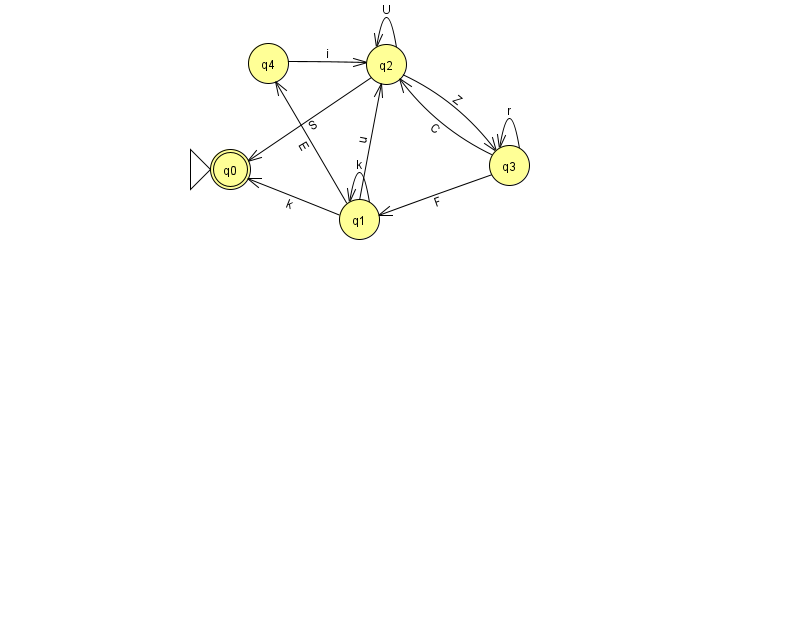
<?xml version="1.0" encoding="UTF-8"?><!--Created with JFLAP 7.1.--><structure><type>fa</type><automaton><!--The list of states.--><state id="0" name="q0"><x>230.0</x><y>156.0</y><initial/><final/></state><state id="1" name="q1"><x>359.0</x><y>206.0</y></state><state id="2" name="q2"><x>386.0</x><y>51.0</y></state><state id="3" name="q3"><x>509.0</x><y>152.0</y></state><state id="4" name="q4"><x>268.0</x><y>50.0</y></state><!--The list of transitions.--><transition><from>4</from><to>2</to><read>i</read></transition><transition><from>1</from><to>2</to><read>u</read></transition><transition><from>3</from><to>3</to><read>r</read></transition><transition><from>1</from><to>0</to><read>k</read></transition><transition><from>3</from><to>2</to><read>C</read></transition><transition><from>2</from><to>2</to><read>U</read></transition><transition><from>3</from><to>1</to><read>F</read></transition><transition><from>1</from><to>1</to><read>k</read></transition><transition><from>1</from><to>4</to><read>E</read></transition><transition><from>2</from><to>0</to><read>S</read></transition><transition><from>2</from><to>3</to><read>Z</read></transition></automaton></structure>